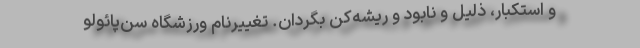
و استکبار، ذلیل و نابود و ریشه‌کن بگردان. تغییرنام ورزشگاه سن‌پائولو